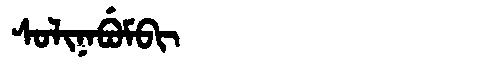
Manchu: ᠰᠣᠯᡳᠨᠠᠪᡠᠮᠪᡳ
Romanization: SOLINABUMBI